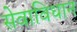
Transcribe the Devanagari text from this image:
सेवाविधान